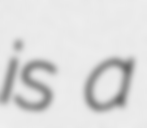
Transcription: is a